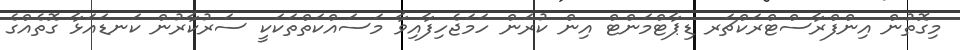
މިގޮތުން އިންފްރާސްޓްރަކްޗަރ ޑިޕާޓްމަންޓް އިން ކުރަން ހަމަޖެހިފާއިވާ މަސައްކަތްތަކަކީ ސަރުކާރުން ކަނޑައަޅާ ގޮތެއްގެ